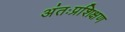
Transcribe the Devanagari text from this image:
अंतःप्रशिक्षण